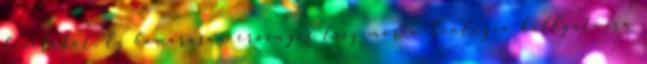
leveleket. Ez hamarosan érvényes lesz már a Teológia hallgatóira